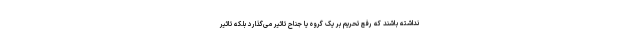
نداشته باشند که رفع تحریم بر یک گروه یا جناح تاثیر می‌گذارد بلکه تاثیر